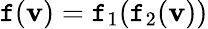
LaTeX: \mathtt{f}(\mathbf{{v}})=\mathtt{f}_{1}(\mathtt{f}_{2}(\mathbf{{v}}))